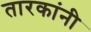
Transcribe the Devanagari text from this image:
तारकांनी